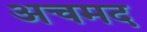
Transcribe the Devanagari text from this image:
अचमद